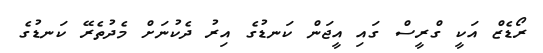
ރޯޑެޒް އަކީ ގްރީސް ގައި އީޖަން ކަނޑުގެ އިރު ދެކުނަށް މެދުތެރޭ ކަނޑުގެ